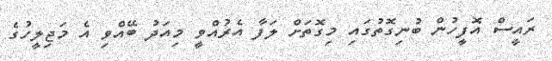
ރައީސް އޮފީހުން ބުނިގޮތުގައި މިގޮތަށް ލަފާ އެރުއްވީ މިއަދު ބޭއްވި އެ މަޖިލީހުގެ